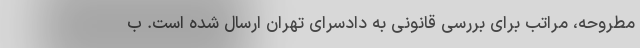
مطروحه، مراتب برای بررسی قانونی به دادسرای تهران ارسال شده است. ب